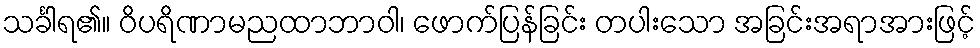
သင်္ခါရ၏။ ဝိပရိဏာမညထာဘာဝါ၊ ဖောက်ပြန်ခြင်း တပါးသော အခြင်းအရာအားဖြင့်